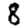
Digit: 8